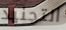
التجنيد